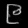
Digit: ၉